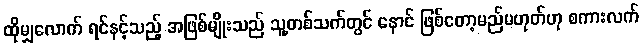
ထိုမျှလောက် ရင်နင့်သည့် အဖြစ်မျိုးသည် သူ့တစ်သက်တွင် နောင် ဖြစ်တော့မည်မဟုတ်ဟု စကားလက်